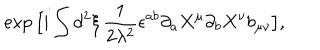
\exp \big [ i \int d ^ { 2 } \xi \, { \frac { 1 } { 2 \lambda ^ { 2 } } } \epsilon ^ { a b } \partial _ { a } X ^ { \mu } \partial _ { b } X ^ { \nu } b _ { \mu \nu } \big ] ,